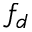
f _ { d }